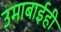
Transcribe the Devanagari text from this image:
उमाबाईही